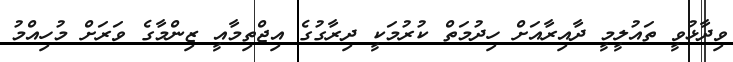
ވިދާޅުވީީ ތައުލީމީ ދާއިރާއަށް ހިދުމަތް ކުރުމަކީ ދިރާގުގެ އިޖްތިމާއީ ޒިންމާގެ ވަރަށް މުހިއްމު